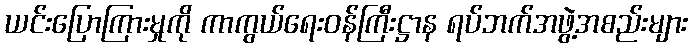
ယင်းပြောကြားမှုကို ကာကွယ်ရေးဝန်ကြီးဋ္ဌာန ရပ်ဘက်အဖွဲ့အစည်းများ